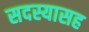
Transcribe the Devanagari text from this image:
सदस्यासह